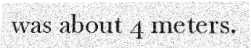
was about 4 meters.